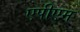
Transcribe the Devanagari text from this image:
एपीएम